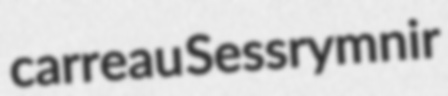
carreau Sessrymnir